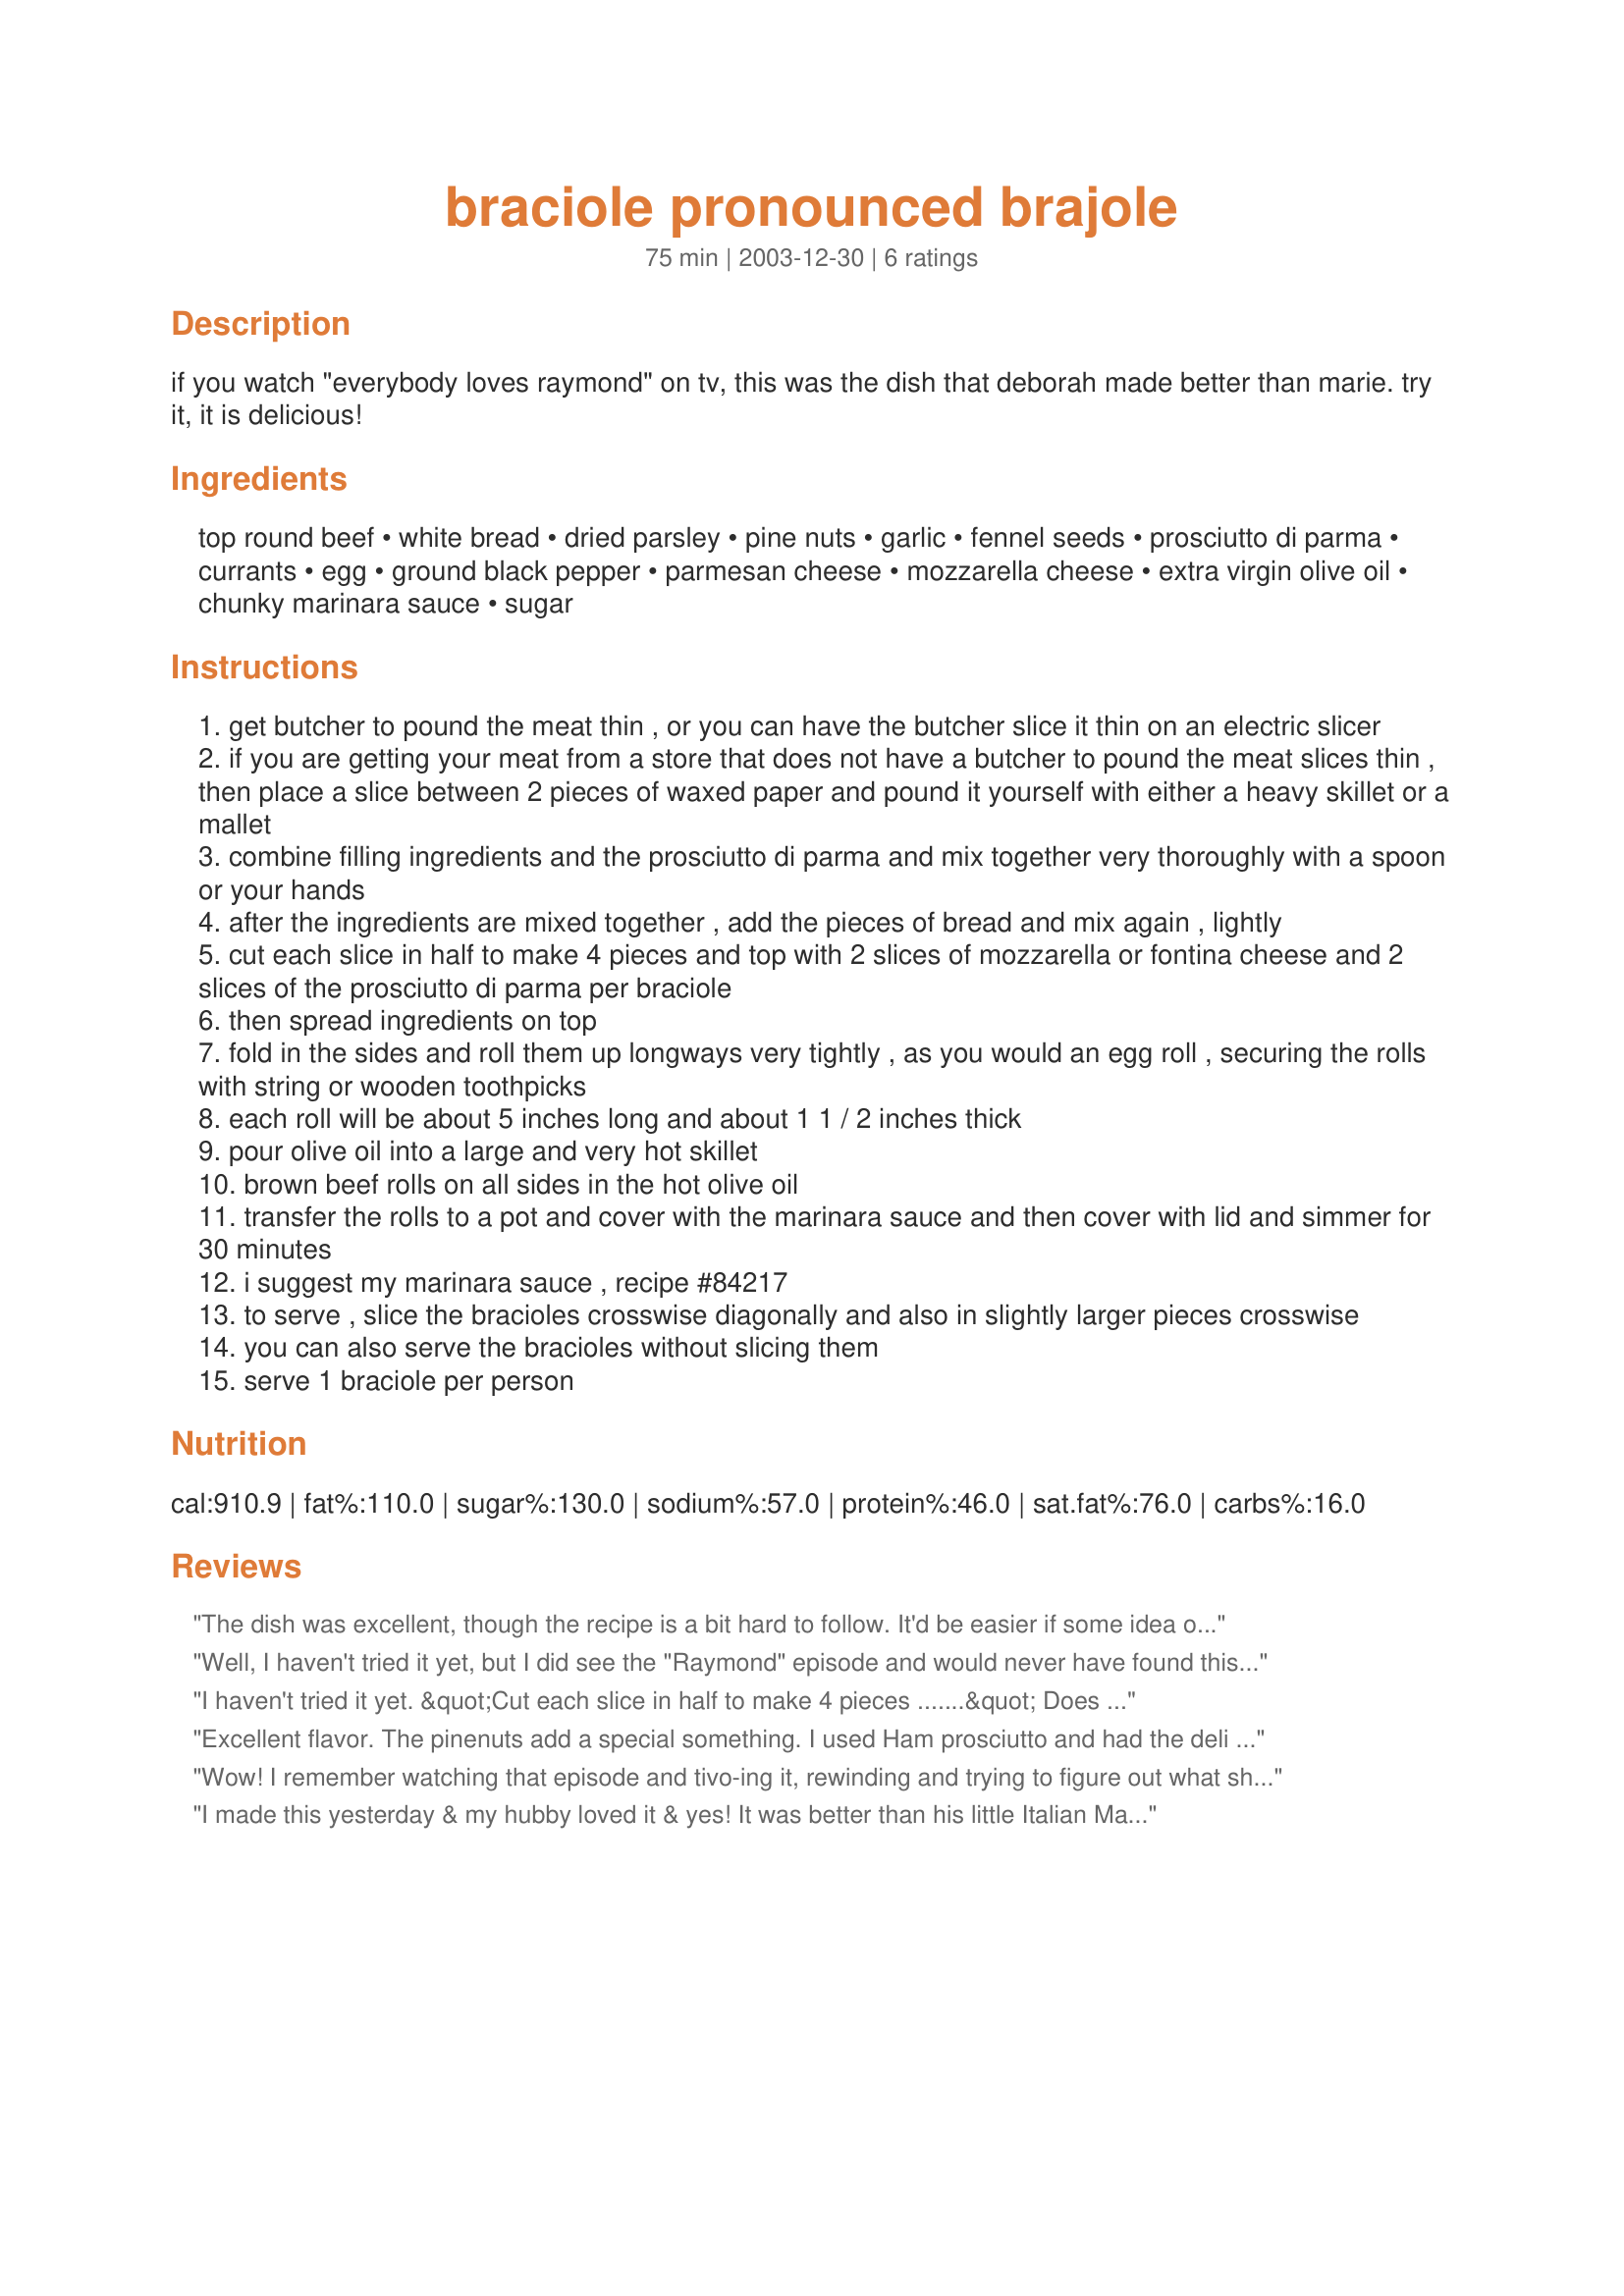
braciole pronounced brajole
Preparation time: 75 minutes

if you watch "everybody loves raymond" on tv, this was the dish that deborah made better than marie. try it, it is delicious!

Ingredients:
top round beef, white bread, dried parsley, pine nuts, garlic, fennel seeds, prosciutto di parma, currants, egg, ground black pepper, parmesan cheese, mozzarella cheese, extra virgin olive oil, chunky marinara sauce, sugar

Steps:
get butcher to pound the meat thin , or you can have the butcher slice it thin on an electric slicer
if you are getting your meat from a store that does not have a butcher to pound the meat slices thin , then place a slice between 2 pieces of waxed paper and pound it yourself with either a heavy skillet or a mallet
combine filling ingredients and the prosciutto di parma and mix together very thoroughly with a spoon or your hands
after the ingredients are mixed together , add the pieces of bread and mix again , lightly
cut each slice in half to make 4 pieces and top with 2 slices of mozzarella or fontina cheese and 2 slices of the prosciutto di parma per braciole
then spread ingredients on top
fold in the sides and roll them up longways very tightly , as you would an egg roll , securing the rolls with string or wooden toothpicks
each roll will be about 5 inches long and about 1 1 / 2 inches thick
pour olive oil into a large and very hot skillet
brown beef rolls on all sides in the hot olive oil
transfer the rolls to a pot and cover with the marinara sauce and then cover with lid and simmer for 30 minutes
i suggest my marinara sauce , recipe #84217
to serve , slice the bracioles crosswise diagonally and also in slightly larger pieces crosswise
you can also serve the bracioles without slicing them
serve 1 braciole per person

Reviews:
The dish was excellent, though the recipe is a bit hard to follow. It'd be easier if some idea of what dimensions the meat slices need to have at first was included, and also if all the filling ingredients were grouped together. We had to leave out the nuts due to an allergy. Next time we'll omit the fennel seed (as I discovered I don't like it) and the sugar (as the raisins should really provide plenty of sweetness for our palate). I did use your marinara sauce, and it was very nice. Once the braciole were done simmering, I used some of the marinara sauce to make a cheese pizza with the rest of our mozzarella, which used up all the excess sauce. It was good eats, thanks for sharing!
Well, I haven't tried it yet, but I did see the "Raymond" episode and would never have found this recipe without you! I, ignorant of most of the Italian language, searched for "brajole" - and your wonderful recipe was found! Not only did I learn a little about Italian pronunciation (braciole) but I also cannot wait to try this dish! And I will make it with your marinara because I too enjoy very thick sauces and yours looks great. My mouth is watering! Thanks again,
Amy
I haven't tried it yet. &quot;Cut each slice in half to make 4 pieces .......&quot; Does this mean the meat?
 Excellent flavor. The pinenuts add a special something. I used Ham prosciutto and had the deli slice it thin then I laid the whole slice on the pounded beef. For the beef I used rouladen -great, very tender. The marinara sauce I made the day before (your recipe) was too thick so I added some Maderia nice combination with your sauce. Dinner was excellent thanks Alan
Wow! I remember watching that episode and tivo-ing it, rewinding and trying to figure out what she made! I ran searches and spell checks and could never figure it out! I can't wait to try and make this, THANK YOU!
I made this yesterday & my hubby loved it & yes! It was better than his little Italian Mama makes! He absolutely raved about your Marinara sauce recipe! Thanks, Alan!
